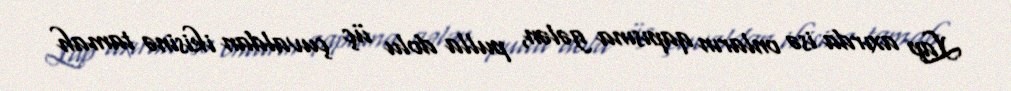
Lap axırda isə onların qapısına gələn, pulla dolu üç çuvaldan ikisinə tamah